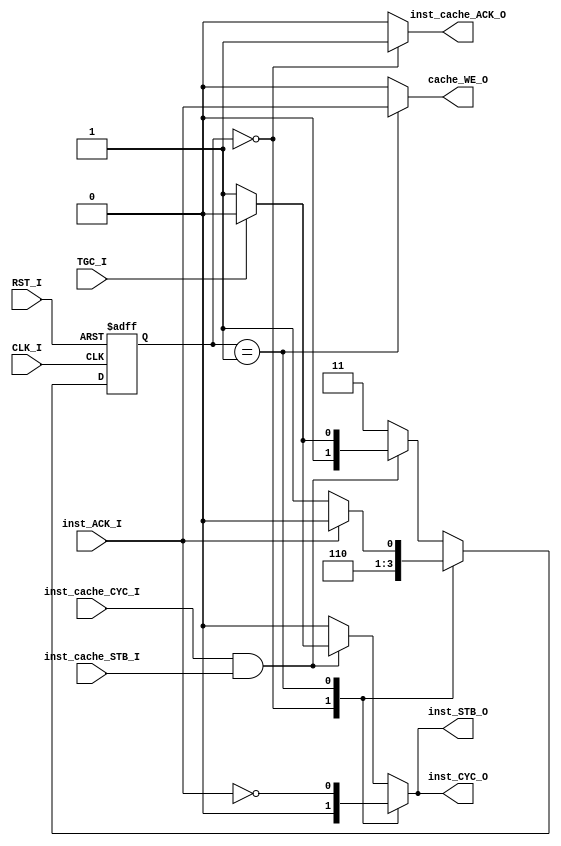
module instruction_cache_control (
    /* Sinais do sistema */
    input wire CLK_I,
    input wire RST_I,
    /* //// */

    /* Interface com a memória de instruções */
    input  wire inst_ACK_I,
    output reg  inst_CYC_O,
    output wire inst_STB_O,
    /* //// */

    /* Interface com o controlador de memória */
    input  wire inst_cache_CYC_I,
    input  wire inst_cache_STB_I,
    output reg  inst_cache_ACK_O,
    /* //// */

    /* Interface com o Fluxo de Dados */
    input  wire TGC_I,
    output reg  cache_WE_O
    /* //// */

);

  localparam reg [1:0] HitState = 2'b00, MissState = 2'b01, DefaultState = 2'b11;

  reg [1:0] current_state, next_state;

  always @(posedge CLK_I, posedge RST_I) begin
    if (RST_I) current_state <= DefaultState;
    else if (CLK_I == 1'b1) current_state <= next_state;
  end

  assign inst_STB_O = inst_CYC_O;

  always @(*) begin
    inst_cache_ACK_O = 1'b0;
    inst_CYC_O = 1'b0;
    cache_WE_O = 1'b0;
    case (current_state)  // synthesis parallel_case
      default: begin

        if (inst_cache_CYC_I && inst_cache_STB_I) begin  // read-only
          if (TGC_I) next_state = HitState;
          else begin
            inst_CYC_O = 1'b1;
            next_state = MissState;
          end
        end else next_state = DefaultState;
      end

      HitState: begin
        inst_cache_ACK_O = 1'b1;
        next_state = DefaultState;
      end

      MissState: begin
        inst_CYC_O = ~inst_ACK_I;
        cache_WE_O = inst_ACK_I;
        next_state = inst_ACK_I ? HitState : MissState;
      end
    endcase
  end

endmodule